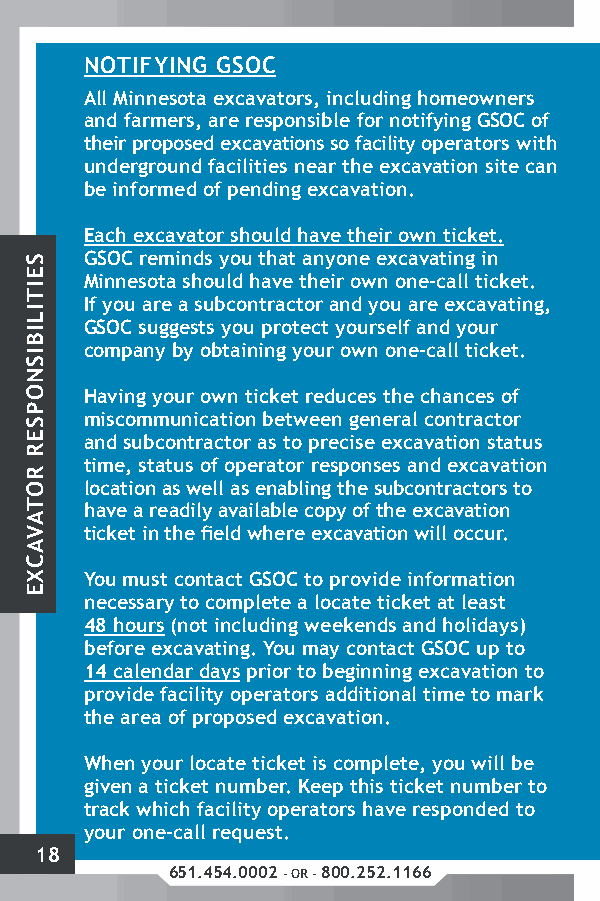
NOTIFYING GSOC
 All Minnesota excavators, including homeowners
 and farmers, are responsible for notifying GSOC of
 their proposed excavations so facility operators with
 underground facilities near the excavation site can
 be informed of pending excavation.
 Each excavator should have their own ticket.
 GSOC reminds you that anyone excavating in
 Minnesota should have their own one-call ticket.
 If you are a subcontractor and you are excavating,
 GSOC suggests you protect yourself and your
 company by obtaining your own one-call ticket.
 Having your own ticket reduces the chances of
 miscommunication between general contractor
 and subcontractor as to precise excavation status
 time, status of operator responses and excavation
 location as well as enabling the subcontractors to
 have a readily available copy of the excavation
 ticket in the field where excavation will occur.
 You must contact GSOC to provide information
 necessary to complete a locate ticket at least
 48 hours (not including weekends and holidays)
 before excavating. You may contact GSOC up to
 14 calendar days prior to beginning excavation to
 provide facility operators additional time to mark
 the area of proposed excavation.
 When your locate ticket is complete, you will be
 given a ticket number. Keep this ticket number to
 track which facility operators have responded to
 your one-call request.
 18
 651.454.0002 - OR - 800.252.1166
 SEITILIBISNOPSER
 ROTAVACXE